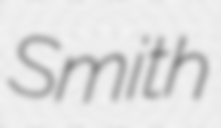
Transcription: Smith